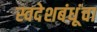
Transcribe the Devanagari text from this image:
स्वदेशबंधूंचा